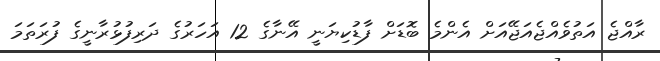
ރާއްޖެ އަތުވެއްޖެއަޖޭއަށް އެންމެ ބޮޑަށް ފާޑުކިޔަނީ އޭނާގެ 12 އަހަރުގެ ދަރިފުޅުރާނީގެ ފުރަތަމަ